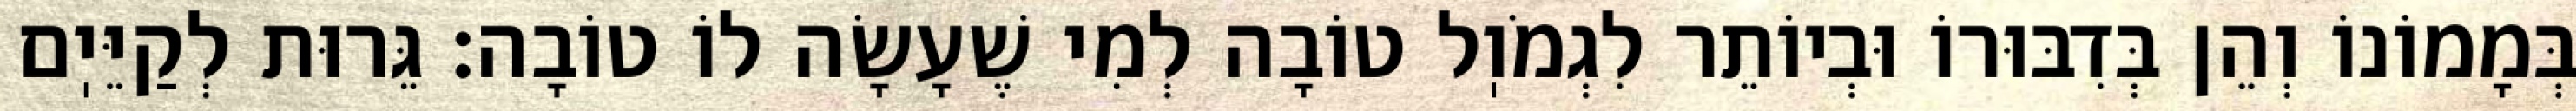
בְּמָמוֹנוֹ וְהֵן בְּדִבּוּרוֹ וּבְיוֹתֵר לִגְמֹוֽל טוֹבָה לְמִי שֶׁעָשָׂה לוֹ טוֹבָה: גֵּרוּת לְקַיֵּיֽם